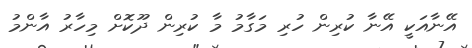
އޭނާއަކީ އޭނާ ކުރިން ހުރި މަގާމު މާ ކުރިން ދޫކޮށް މިހާރު އާންމު